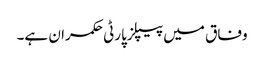
وفاق میں پیپلزپارٹی حکمران ہے۔